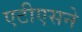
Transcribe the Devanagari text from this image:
एटीएसने